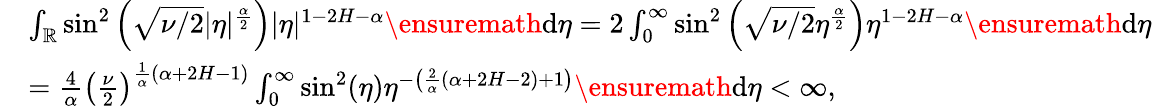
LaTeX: \begin{array}{rl}&{\int_{\mathbb{R}}\sin^{2}\left(\sqrt{\nu/2}|\eta|^{\frac\alpha 2}\right)|\eta|^{1-2H-\alpha}\ensuremath{\mathrm{d}}\eta=2\int_{0}^{\infty}\sin^{2}\left(\sqrt{\nu/2}\eta^{\frac\alpha 2}\right)\eta^{1-2H-\alpha}\ensuremath{\mathrm{d}}\eta}\\ &{=\frac{4}{\alpha}\left(\frac{\nu}{2}\right)^{\frac{1}{\alpha}(\alpha+2H-1)}\int_{0}^{\infty}\sin^{2}(\eta)\eta^{-\left(\frac{2}{\alpha}(\alpha+2H-2)+1\right)}\ensuremath{\mathrm{d}}\eta<\infty,}\end{array}